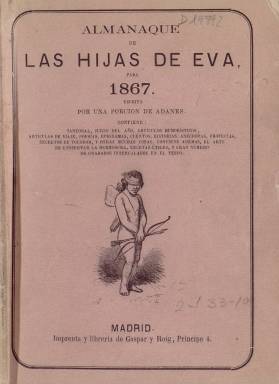
Título: Almanaque de las hijas de Eva
Colección: Almanaques || Revistas femeninas
Ámbito geográfico: Madrid
Lugar de publicación: Madrid
Fechas: 01/01/1867-31/12/1869

De este almanaque la Biblioteca Nacional posee los correspondientes a los tres últimos años de la década de 1860 -todos ellos con un total de 68 páginas- que con toda probabilidad son los únicos que se editaron. La publicación estaba escrita, según leemos en la portada, ‘Por Una Porción de Adanes’, lo que ya da una idea del tono satírico-cómico de su contenido.

  En cuanto a su nombre, en 1862 se había estrenado la zarzuela Las hijas de Eva, obra en tres actos y en verso original de Luis Mariano de Larra con música de Joaquín Gaztambide. Se trata de una comedia de enredo amoroso ambientada en el siglo XVII que tuvo gran éxito y fue representada durante toda esa década. De ahí podría haber tomado el título este jocoso almanaque que iba dirigido muy especialmente a las mujeres.

   Ya el amplio subtítulo de su primer número, el del año 1867, daba una idea bastante aproximada de lo que se podía encontrar en su interior: ‘Contiene: santoral, juicio del año, artículos humorísticos, artículos de viaje, poesías, epigramas, cuentos, historias, anécdotas, profecías, secretos de tocador y muchas otras cosas. Contiene, además, el arte de conservar la hermosura, recetas útiles y gran número de grabados intercalados en el texto’

     Efectivamente, los grabados son una de las principales características que dan valor a este almanaque. Los dibujos chistosos y las caricaturas son de una gran calidad. Solo ocasionalmente están firmados. El dibujante que más aparece es Ortego. Francisco Ortego fue pintor, además de humorista gráfico, e ilustró numerosas novelas además de publicaciones periódicas. El mismo año en que comenzó a editarse este almanaque Ortego trabajaba para El Museo Universal, revista de la editorial y librería Gaspar y Roig que también debía editar el Almanaque de Las hijas de Eva.  A la muerte de Ortego en 1881, esta editorial publicó un álbum con una antología de sus dibujos.

  En El Museo Universal trabajaron también dibujantes que firman algunos grabados del almanaque como Bernardo Rico y Enrique Laporta. Igualmente, colaboraron en la revista los hermanos Bécquer, aunque se desconoce si participaron en los dibujos o los textos del almanaque. Estos últimos no aparecen nunca firmados. Gustavo Adolfo era el director literario de la revista.

 La única publicidad con la que contaba el almanaque era la de sus editores Gaspar y Roig, que anunciaban El Museo Universal además de la amplia oferta de su librería, una de las principales del Madrid de la época.

   En 1869, tras la llamada ‘revolución gloriosa’ del año anterior que derrocó a Isabel II, El Museo Universal dejó de editarse para dar paso a La ilustración española y americana, la gran revista gráfica de las últimas décadas del siglo XX y primeras del XX. Esta es probablemente la razón por la que también dejara de editarse el cómico Almanaque de las hijas de Eva.

[Descripción publicada el 17/08/2022]